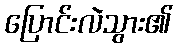
ပြောင်းလဲသွား၏